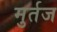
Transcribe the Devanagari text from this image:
मुर्तज